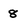
Character: 8